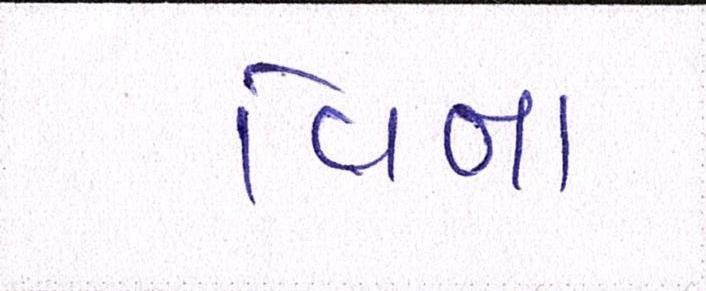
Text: વિના